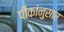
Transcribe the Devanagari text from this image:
पीकांनुसार